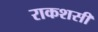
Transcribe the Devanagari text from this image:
राकशसी